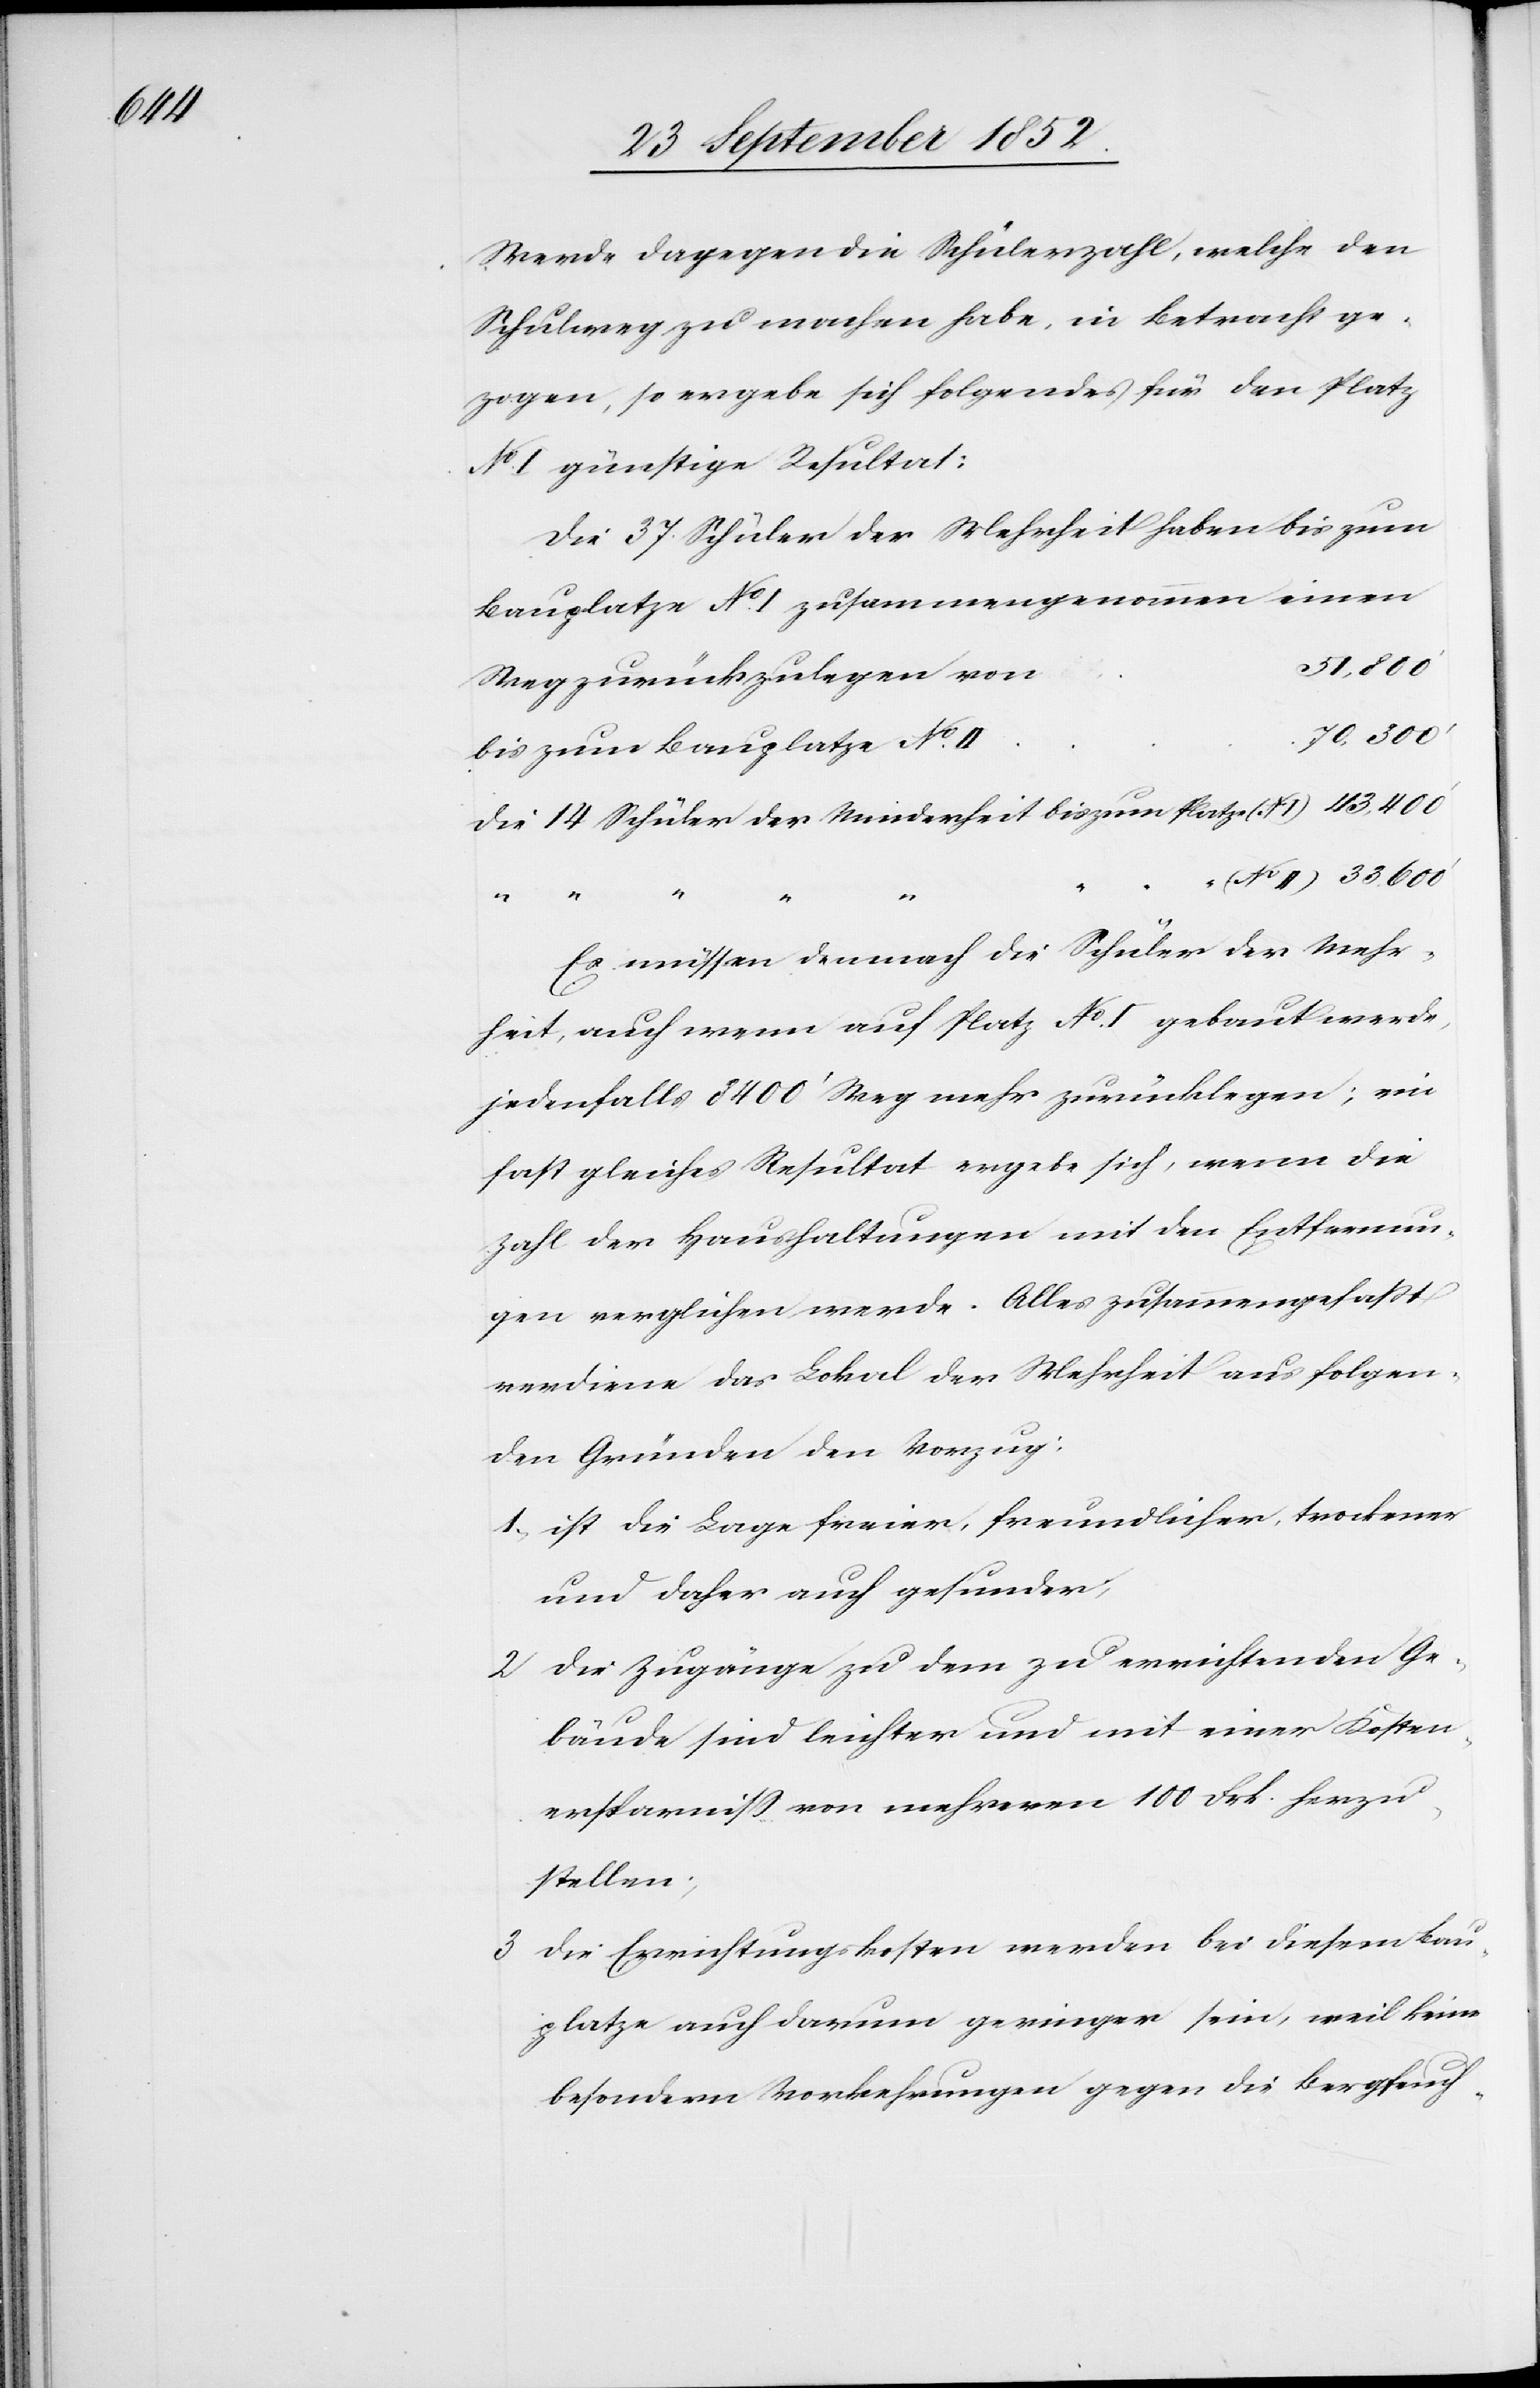
Werde dagegen die Schülerzahl, welche den
Schulweg zu machen habe, in Betracht ge¬
zogen, so ergebe sich folgendes für den Platz
No. I günstige Resultat:
Die 37. Schüler der Mehrheit haben bis zum
Bauplatze No. I zusammengenommen einen
51,800‘
Weg zurückzulegen von
bis zum Bauplatze No. II
die 14 Schüler der Minderheit bis zum Platze (No
I)
“ “
“
Es müssen demnach die Schüler der Mehr¬
heit, auch wenn auf Platz No. I gebaut werde,
jedenfalls 8400‘ Weg mehr zurücklegen; ein
fast gleiches Resultat ergebe sich, wenn die
Zahl der Haushaltungen mit den Entfernun¬
gen verglichen werde. Alles zusammengefaßt
verdiene das Lokal der Mehrheit aus folgen¬
den Gründen den Vorzug:
ist die Lage freier, freundlicher, trockener
und daher auch gesunder;
die Zugänge zu dem zu errichtenden Ge¬
bäude sind leichter und mit einer Kosten¬
ersparniss von mehreren 100 Frk. herzu¬
stellen;
die Errichtungskosten werden bei diesem Bau¬
platze auch darum geringer sein, weil keine
besondern Vorkehrungen gegen die Bergfeuch-